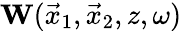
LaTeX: {\mathbf W}(\vec{x}_{1},\vec{x}_{2},z,\omega)